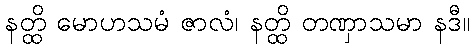
နတ္ထိ မောဟသမံ ဇာလံ၊ နတ္ထိ တဏှာသမာ နဒီ။